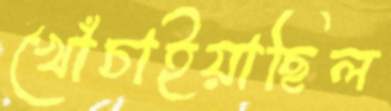
খোঁচাইয়াছিল